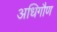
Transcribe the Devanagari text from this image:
अधिगौण